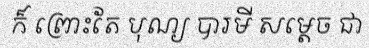
ក៏ ព្រោះតែ បុណ្យ បារមី សម្តេច ជា